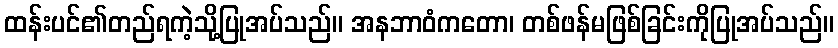
ထန်းပင်၏တည်ရကဲ့သို့ပြုအပ်သည်။ အနဘာဝံကတော၊ တစ်ဖန်မဖြစ်ခြင်းကိုပြုအပ်သည်။